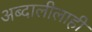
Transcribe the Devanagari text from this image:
अब्दालीलाही